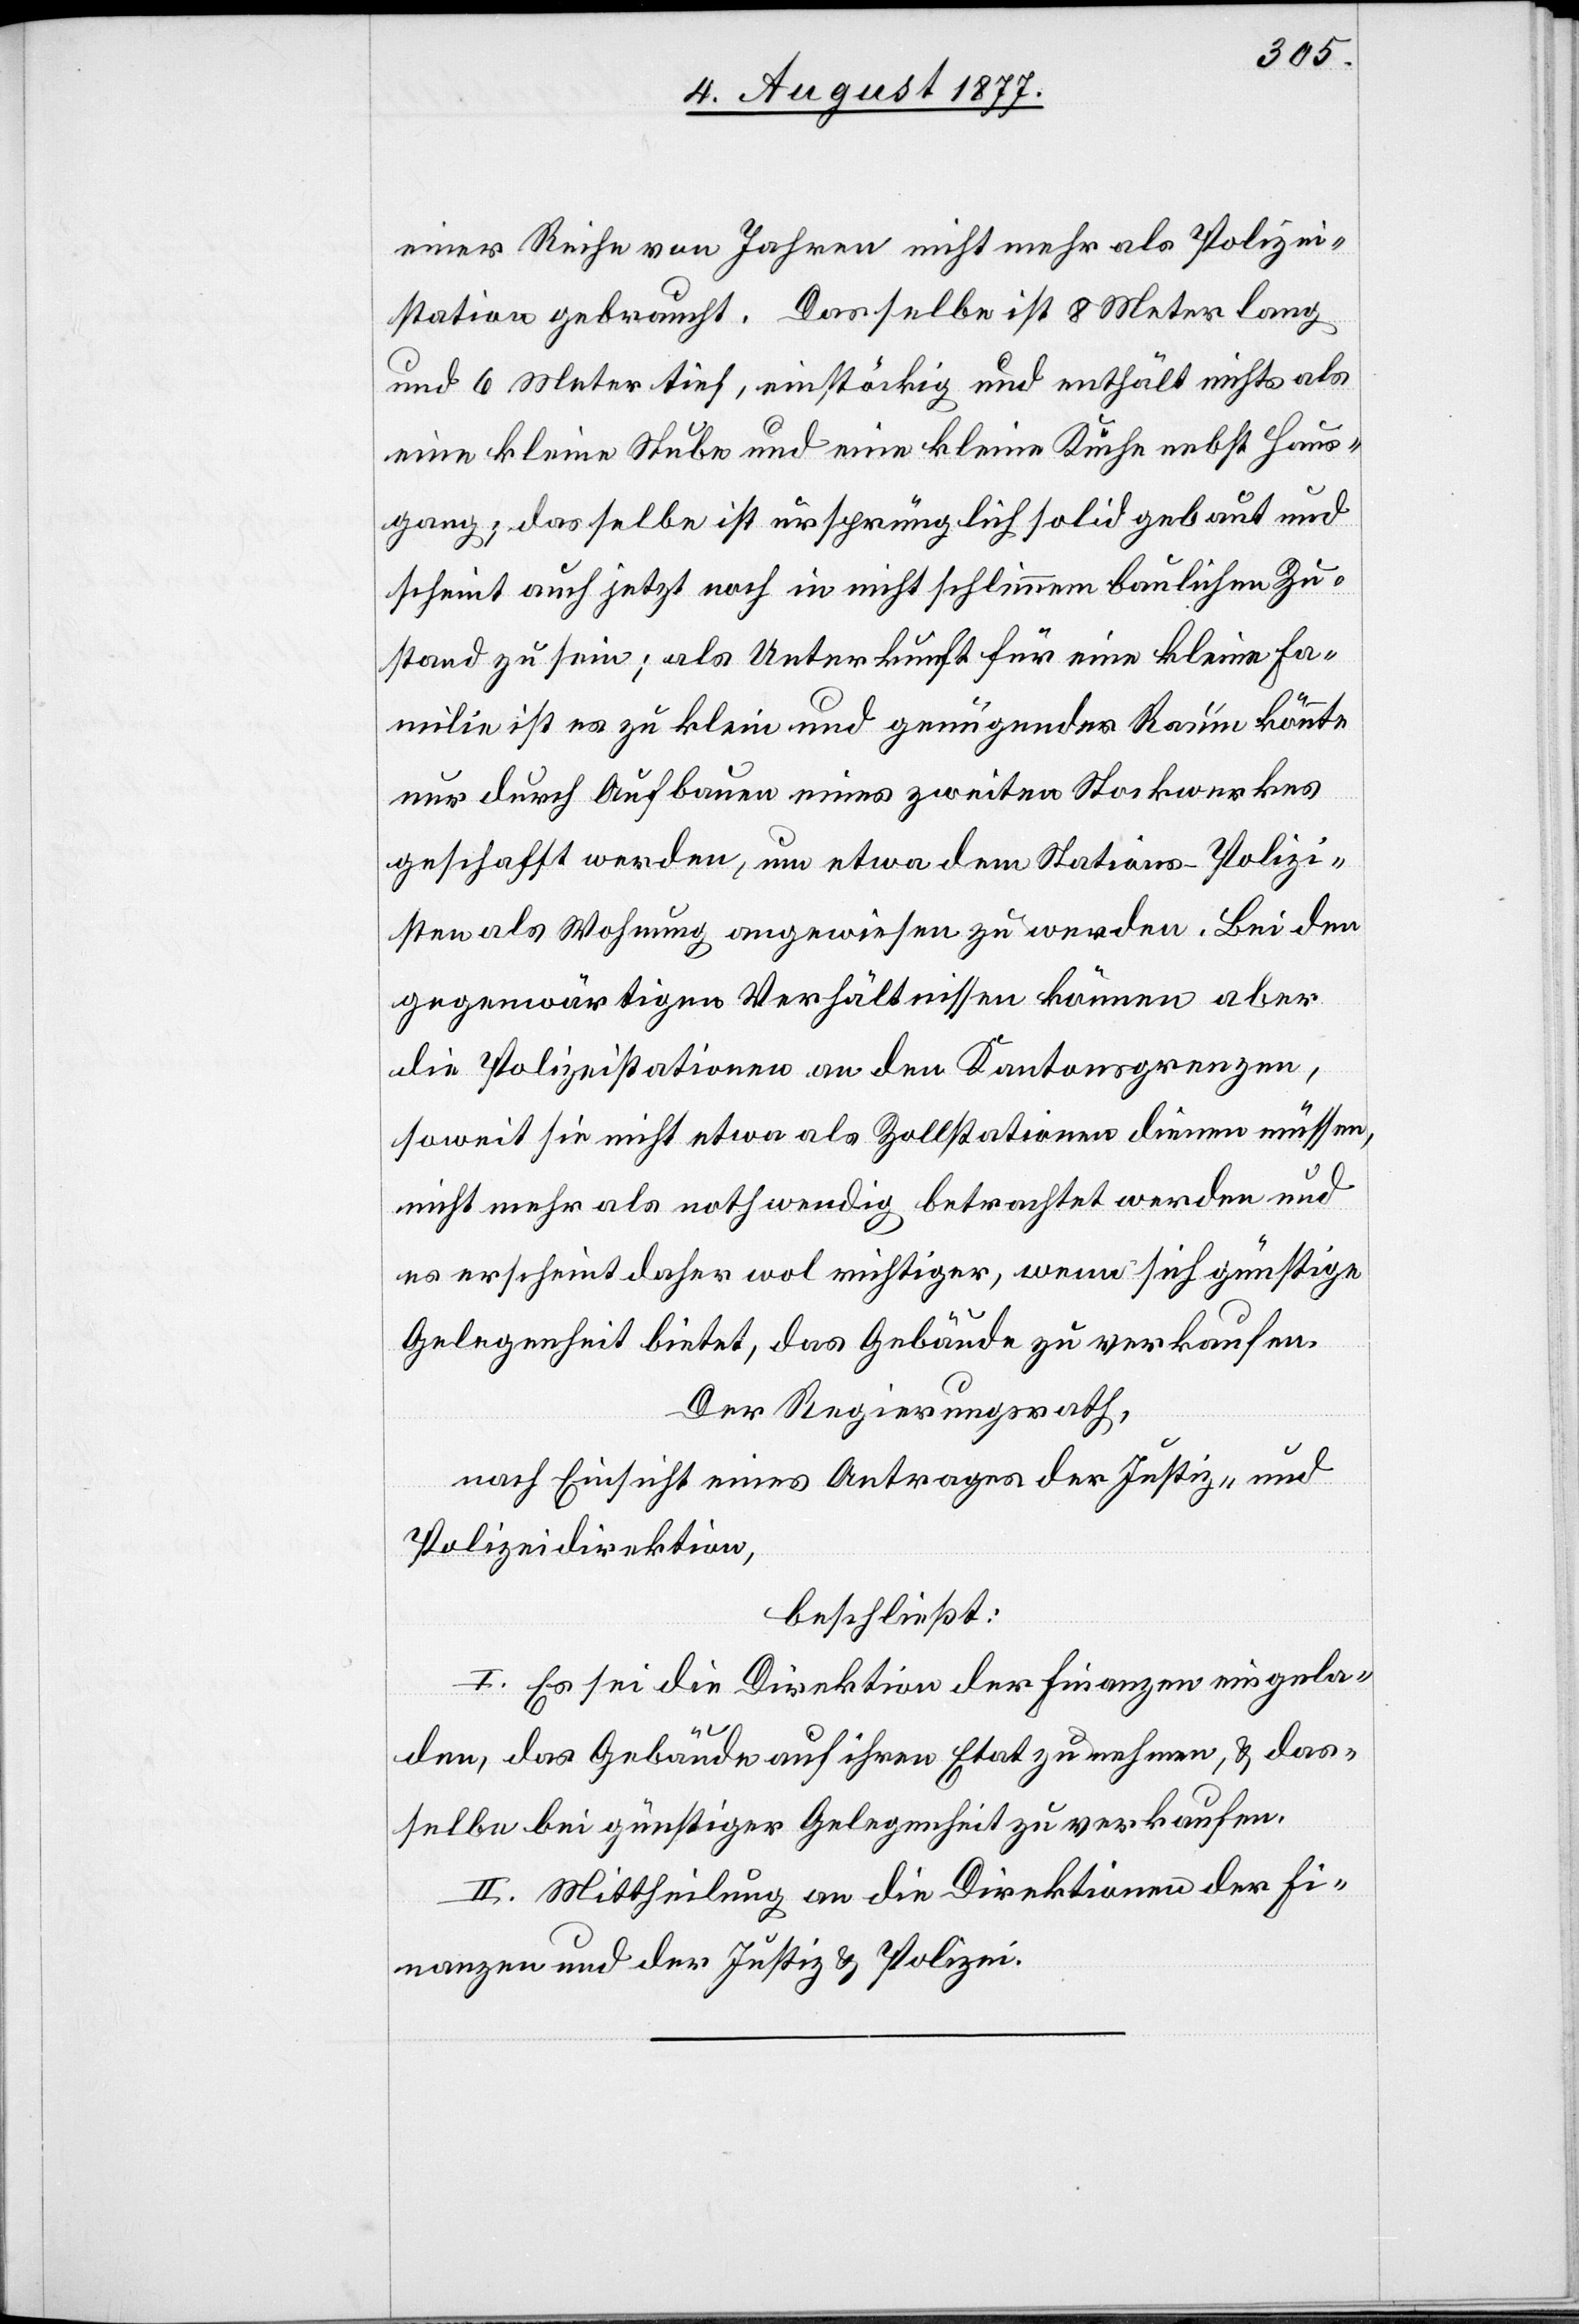
einer Reihe von Jahren nicht mehr als Polizei¬
station gebraucht. Dasselbe ist 8 Meter lang
und 6 Meter tief, einstöckig und enthält nichts als
eine kleine Stube und eine kleine Küche nebst Haus¬
gang; dasselbe ist ursprünglich solid gebaut und
scheint auch jetzt noch in nicht schlimmem baulichen Zu¬
stand zu sein; als Unterkunft für eine kleine Fa¬
milie ist es zu klein und genügender Raum könnte
nur durch Aufbauen eines zweiten Stockwerkes
geschafft werden, um etwa dem Stations-Polizi¬
sten als Wohnung angewiesen zu werden. Bei den
gegenwärtigen Verhältnissen können aber
die Polizeistationen an den Kantonsgrenzen,
soweit sie nicht etwa als Zollstationen dienen müssen,
nicht mehr als nothwendig betrachtet werden und
es erscheint daher wol richtiger, wenn sich günstige
Gelegenheit bietet, das Gebäude zu verkaufen.
Der Regierungsrath,
nach Einsicht eines Antrages der Justiz- und
Polizeidirektion,
beschließt:
I. Es sei die Direktion der Finanzen eingela¬
den, das Gebäude auf ihren Etat zu nehmen, & das¬
selbe bei günstiger Gelegenheit zu verkaufen.
II. Mittheilung an die Direktionen der Fi¬
nanzen und der Justiz & Polizei.